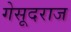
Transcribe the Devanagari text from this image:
गेसूदराज